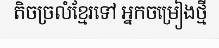
តិចច្រលំខ្មែរទៅ អ្នកចម្រៀងថ្មី